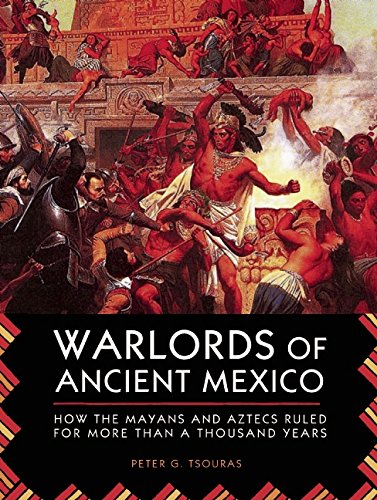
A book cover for Warlords of Ancient Mexico: How the Mayans and Aztecs Ruled for More Than a Thousand Years; Peter G. Tsouras; History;